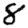
Digit: 8